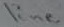
Text: line